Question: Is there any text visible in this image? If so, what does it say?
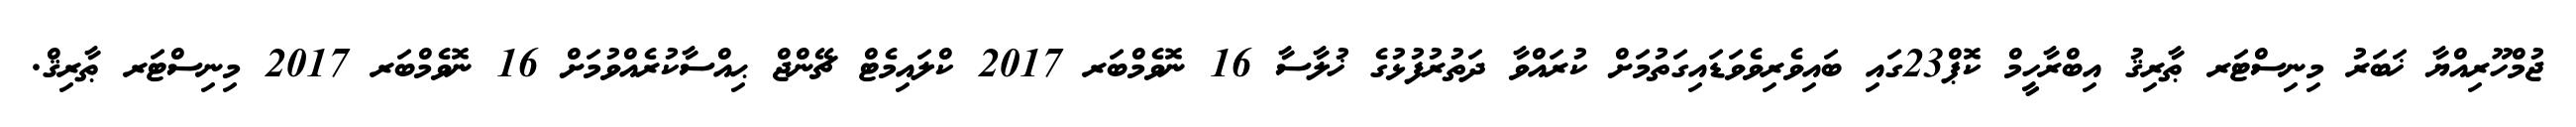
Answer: ޖުމްހޫރިއްޔާ ޚަބަރު މިނިސްޓަރ ޠާރިޤު އިބްރާހީމް ކޮޕް23ގައި ބައިވެރިވެވަޑައިގަތުމަށް ކުރައްވާ ދަތުރުފުޅުގެ ޚުލާސާ 16 ނޮވެމްބަރ 2017 ކްލައިމެޓް ޗޭންޖް ޙިއްސާކުރެއްވުމަށް 16 ނޮވެމްބަރ 2017 މިނިސްޓަރ ޠާރިޤް.